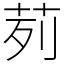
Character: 茢